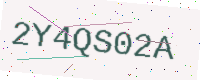
Text: 2Y4QS02A